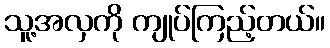
သူ့အလှကို ကျုပ်ကြည့်တယ်။